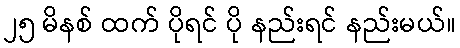
၂၅ မိနစ် ထက် ပိုရင် ပို နည်းရင် နည်းမယ်။